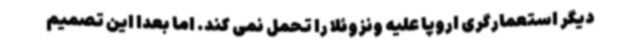
دیگر استعمارگری اروپا علیه ونزوئلا را تحمل نمی کند. اما بعدا این تصمیم